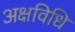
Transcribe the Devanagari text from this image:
अक्षविधि